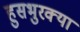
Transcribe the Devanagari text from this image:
हुसभुरक्या